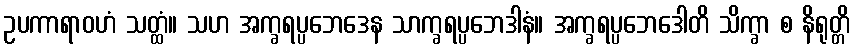
ဥပကာရာဝဟံ သတ္ထံ။ သဟ အက္ခရပ္ပဘေဒေန သာက္ခရပ္ပဘေဒါနံ။ အက္ခရပ္ပဘေဒေါတိ သိက္ခာ စ နိရုတ္တိ